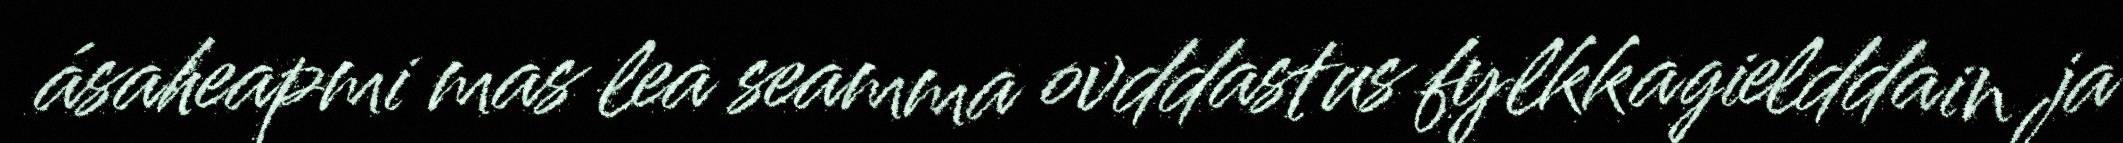
ásaheapmi mas lea seamma ovddastus fylkkagielddain ja